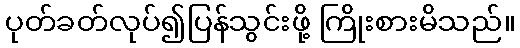
ပုတ်ခတ်လုပ်၍ပြန်သွင်းဖို့ ကြိုးစားမိသည်။